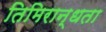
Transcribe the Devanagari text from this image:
तिमिरान्धता